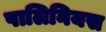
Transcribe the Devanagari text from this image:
पालिनियस